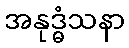
အနုဒ္ဓံသနာ